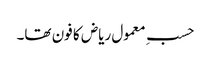
حسبِ معمول ریاض کا فون تھا۔